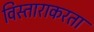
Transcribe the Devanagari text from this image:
विस्ताराकरता